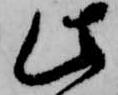
此